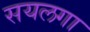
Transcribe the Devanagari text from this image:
सयलगा